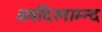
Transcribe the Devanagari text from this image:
अर्वोदेस्नाम्न्द